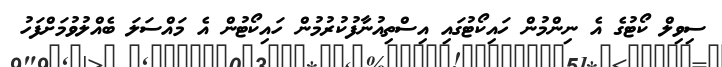
ސިވިލް ކޯޓުގެ އެ ނިންމުން ހައިކޯޓުގައި އިސްތިއުނާފުކުރުމުން ހައިކޯޓުން އެ މައްސަލަ ބެއްލުވުމަށްފަހު